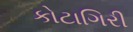
કોટાગિરી